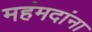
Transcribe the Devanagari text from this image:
महंमदांना